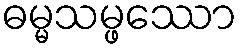
ဓမ္မသမ္ဖဿော